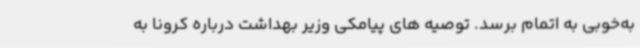
به‌خوبی به اتمام برسد. توصیه های پیامکی وزیر بهداشت درباره کرونا به